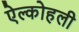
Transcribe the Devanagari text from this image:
ऐल्कोहली